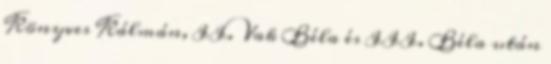
Könyves Kálmán, II. Vak Béla és III. Béla után